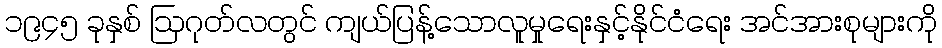
၁၉၄၅ ခုနှစ် ဩဂုတ်လတွင် ကျယ်ပြန့်သောလူမှုရေးနှင့်နိုင်ငံရေး အင်အားစုများကို